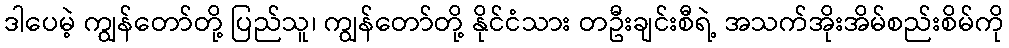
ဒါပေမဲ့ ကျွန်တော်တို့ ပြည်သူ၊ ကျွန်တော်တို့ နိုင်ငံသား တဦးချင်းစီရဲ့ အသက်အိုးအိမ်စည်းစိမ်ကို